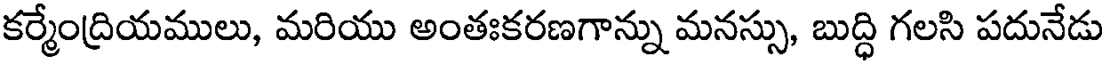
కర్మేంద్రియములు, మరియు అంతఃకరణగాన్ను మనస్సు, బుద్ధి గలసి పదునేడు